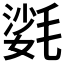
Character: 𣯌